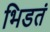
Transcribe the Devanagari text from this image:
भिडतं